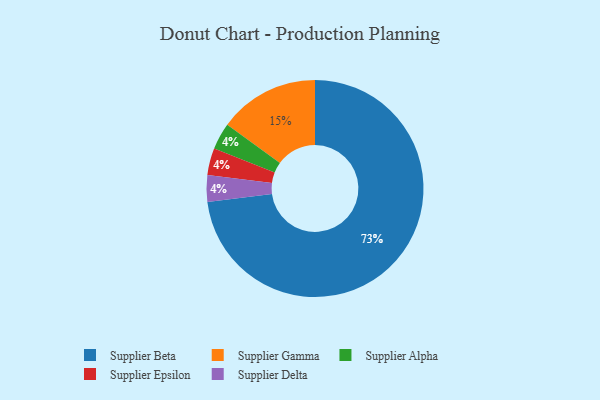
{"axis": {"x": "Category", "y": "Percentage"}, "legend": ["Supplier Alpha", "Supplier Beta", "Supplier Delta", "Supplier Epsilon", "Supplier Gamma"], "data": [{"x": "Supplier Gamma", "y": 15, "type": "Supplier Gamma"}, {"x": "Supplier Alpha", "y": 4, "type": "Supplier Alpha"}, {"x": "Supplier Epsilon", "y": 4, "type": "Supplier Epsilon"}, {"x": "Supplier Beta", "y": 73, "type": "Supplier Beta"}, {"x": "Supplier Delta", "y": 4, "type": "Supplier Delta"}]}